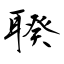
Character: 聧